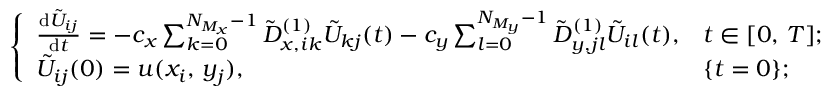
\left\{ \begin{array} { l l } { \frac { \mathrm { d } \tilde { U } _ { i j } } { \mathrm { d } t } = - c _ { x } \sum _ { k = 0 } ^ { N _ { M _ { x } } - 1 } \tilde { D } _ { x , i k } ^ { ( 1 ) } \tilde { U } _ { k j } ( t ) - c _ { y } \sum _ { l = 0 } ^ { N _ { M _ { y } } - 1 } \tilde { D } _ { y , j l } ^ { ( 1 ) } \tilde { U } _ { i l } ( t ) , } & { t \in [ 0 , \, T ] ; } \\ { \tilde { U } _ { i j } ( 0 ) = u ( x _ { i } , \, y _ { j } ) , } & { \{ t = 0 \} ; } \end{array} \right.